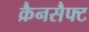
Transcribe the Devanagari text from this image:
क्रैनसैफ्ट